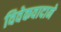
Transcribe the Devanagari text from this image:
विवेकवादाने